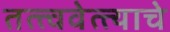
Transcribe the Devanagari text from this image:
तत्त्ववेत्त्याचे